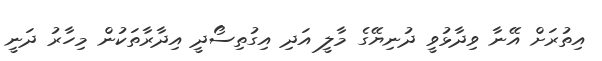
އިތުރަށް އޭނާ ވިދާޅުވީ ދުނިޔޭގެ މާލީ އަދި އިގުތިސޯދީ އިދާރާތަކުން މިހާރު ދަނީ